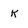
Character: K